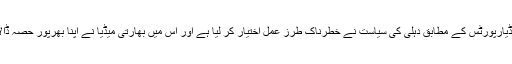
مغربی میڈیارپورٹس کے مطابق دہلی کی سیاست نے خطرناک طرزِ عمل اختیار کر لیا ہے اور اس میں بھارتی میڈیا نے اپنا بھرپور حصہ ڈالا ہوا ہے ۔